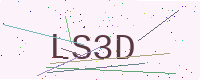
Text: LS3D